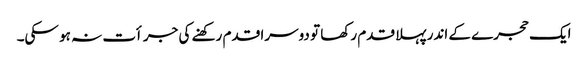
ایک حجرے کے اندر پہلا قدم رکھا تو دوسرا قدم رکھنے کی جرأت نہ ہو سکی۔